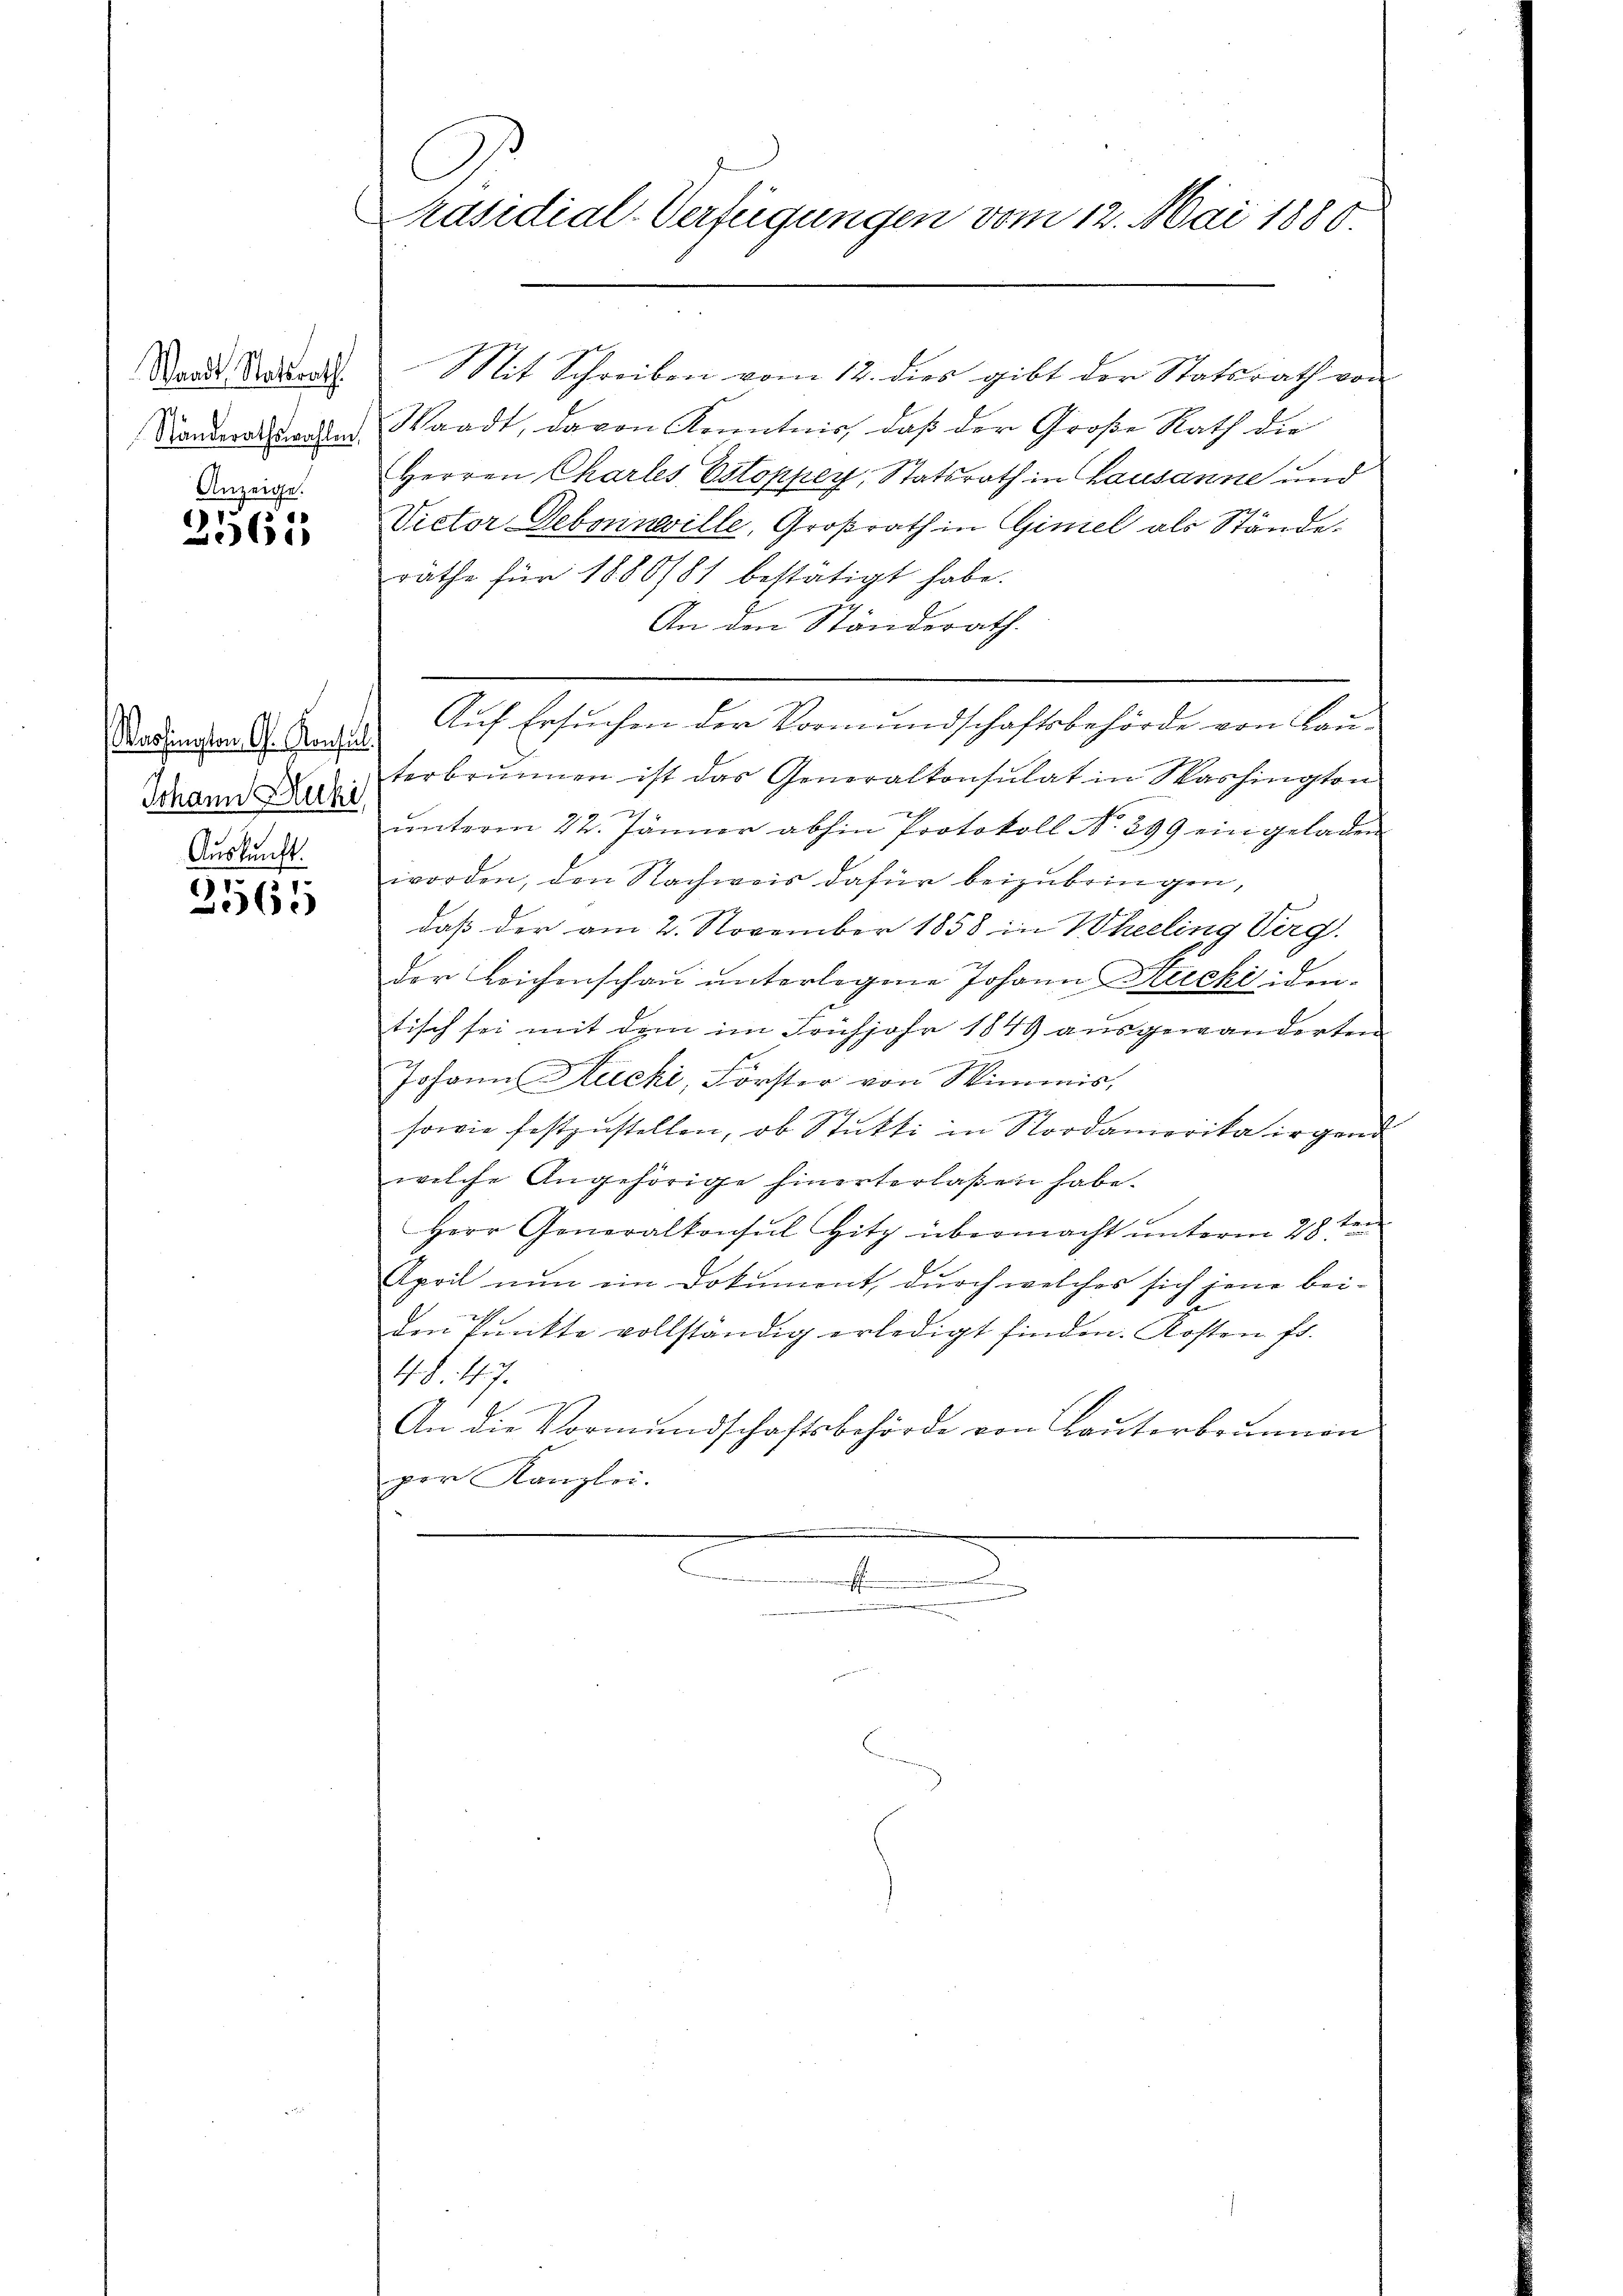
Waadt Statsrath.
Standerathswahlen,

Anzeige.
1
61

Varsington G. Konsul
Johann Stucki,
Auskunft.

1
62

C
Präsidial-Verfügungen vom 12. Mai 1880

Waadt, davon Kenntnis, daß der Große Rath die
Herren Charles Estoppey, Statsrath in Lausanne und
Victor Debonnwille, Großrath in Gimel als Stände.
rathe für 1880/81 bestätigt habe.
An den Ständerath.
Auf Ersuchen der Vormundschaftsbehörde von Bau-
terbrunnen ist das Generalkonsulat in Washington
ŭnterm 22. Jänner abhin Protokoll No 299 ein geladen
worden, den Nachweis dafür beizubringen,
daß der am 2. November 1858 in Wheeling Verg
der Leichenschau unterlegene Johann Strecki identisch sei mit dem im Frühjahr 1849 ausgewanderten
.
Johann Auchi, Forster von Wimmis,
sowie festzustellen, ob Stutti in Nordamerika irgend
welche Angehörige hinerterlaßen habe.
Herr Generalkonsul Hitz übermacht unterm 28 ten
April nun ein Dokument, durch welches sich jene bei-
den Pŭnkte vollständig erledigt finden. Kosten fr.
WS. 147.
An die Vormundschaftsbehörde von Bauterbrunnen
per Kanzlei.
mchen
d

Mit Schreiben vom 12. dies gibt der Statsrath von